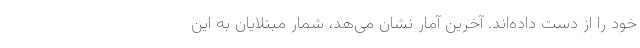
خود را از دست داده‌اند. آخرین آمار نشان می‌هد، شمار مبتلایان به این